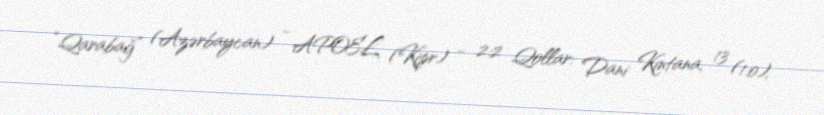
“Qarabağ” (Azərbaycan) - APOEL (Kipr) - 2:2 Qollar: Dani Kintana, 13 (1:0),